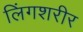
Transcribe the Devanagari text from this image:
लिंगशरीर